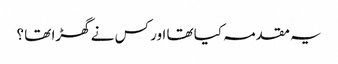
یہ مقدمہ کیا تھا اور کس نے گھڑا تھا ؟